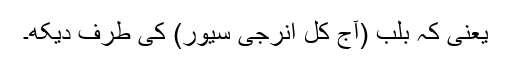
یعنی کہ بلب (آج کل انرجی سیور) کی طرف دیکھ۔